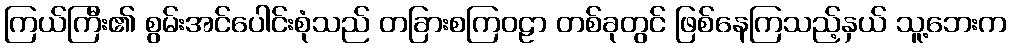
ကြယ်ကြီး၏ စွမ်းအင်ပေါင်းစုံသည် တခြားစကြဝဠာ တစ်ခုတွင် ဖြစ်နေကြသည့်နှယ် သူ့ဘေးက